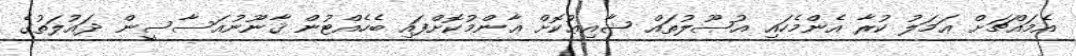
އެމައްޗަށް ޢަމަލު ކުރާ އެންމެހައި އުޞޫލުތައް ޝާއިޢުކޮށް ޢާންމުކޮށްފައި ބެހެއްޓުން ޤާނޫނުއަސާސީން ދައުލަތުގެ